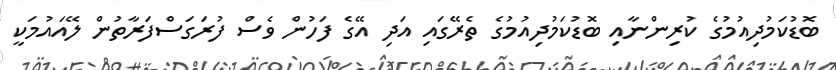
ބޮޑުކަމުދިއުމުގެ ކުރިންނާއި ބޮޑުކަމުދިއުމުގެ ތެރޭގައި އަދި އޭގެ ފަހުން ވެސް ފުރަގަސްފަރާތުން ލޭއައުމަކީ